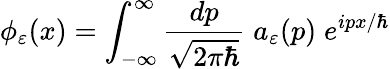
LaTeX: \phi_{\varepsilon}(x)=\int_{-\infty}^{\infty}\frac{dp}{\sqrt{2\pi\hbar}}\; a_{\varepsilon}(p)\; e^{ipx/\hbar}